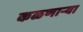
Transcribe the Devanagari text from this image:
कळणार्‍या